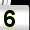
Digit: 5